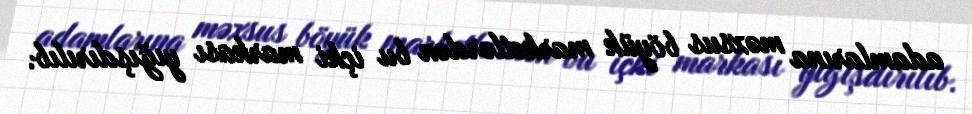
adamlarına məxsus böyük marketlərdən bu içki markası yığışdırılıb.